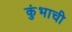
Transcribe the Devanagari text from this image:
कुंभाची